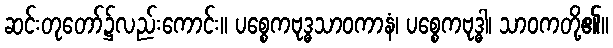
ဆင်းတုတော်၌လည်းကောင်း။ ပစ္စေကဗုဒ္ဓသာဝကာနံ၊ ပစ္စေကဗုဒ္ဓါ၊ သာဝကတို့၏။